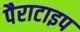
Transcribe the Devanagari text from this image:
पैराटाइप